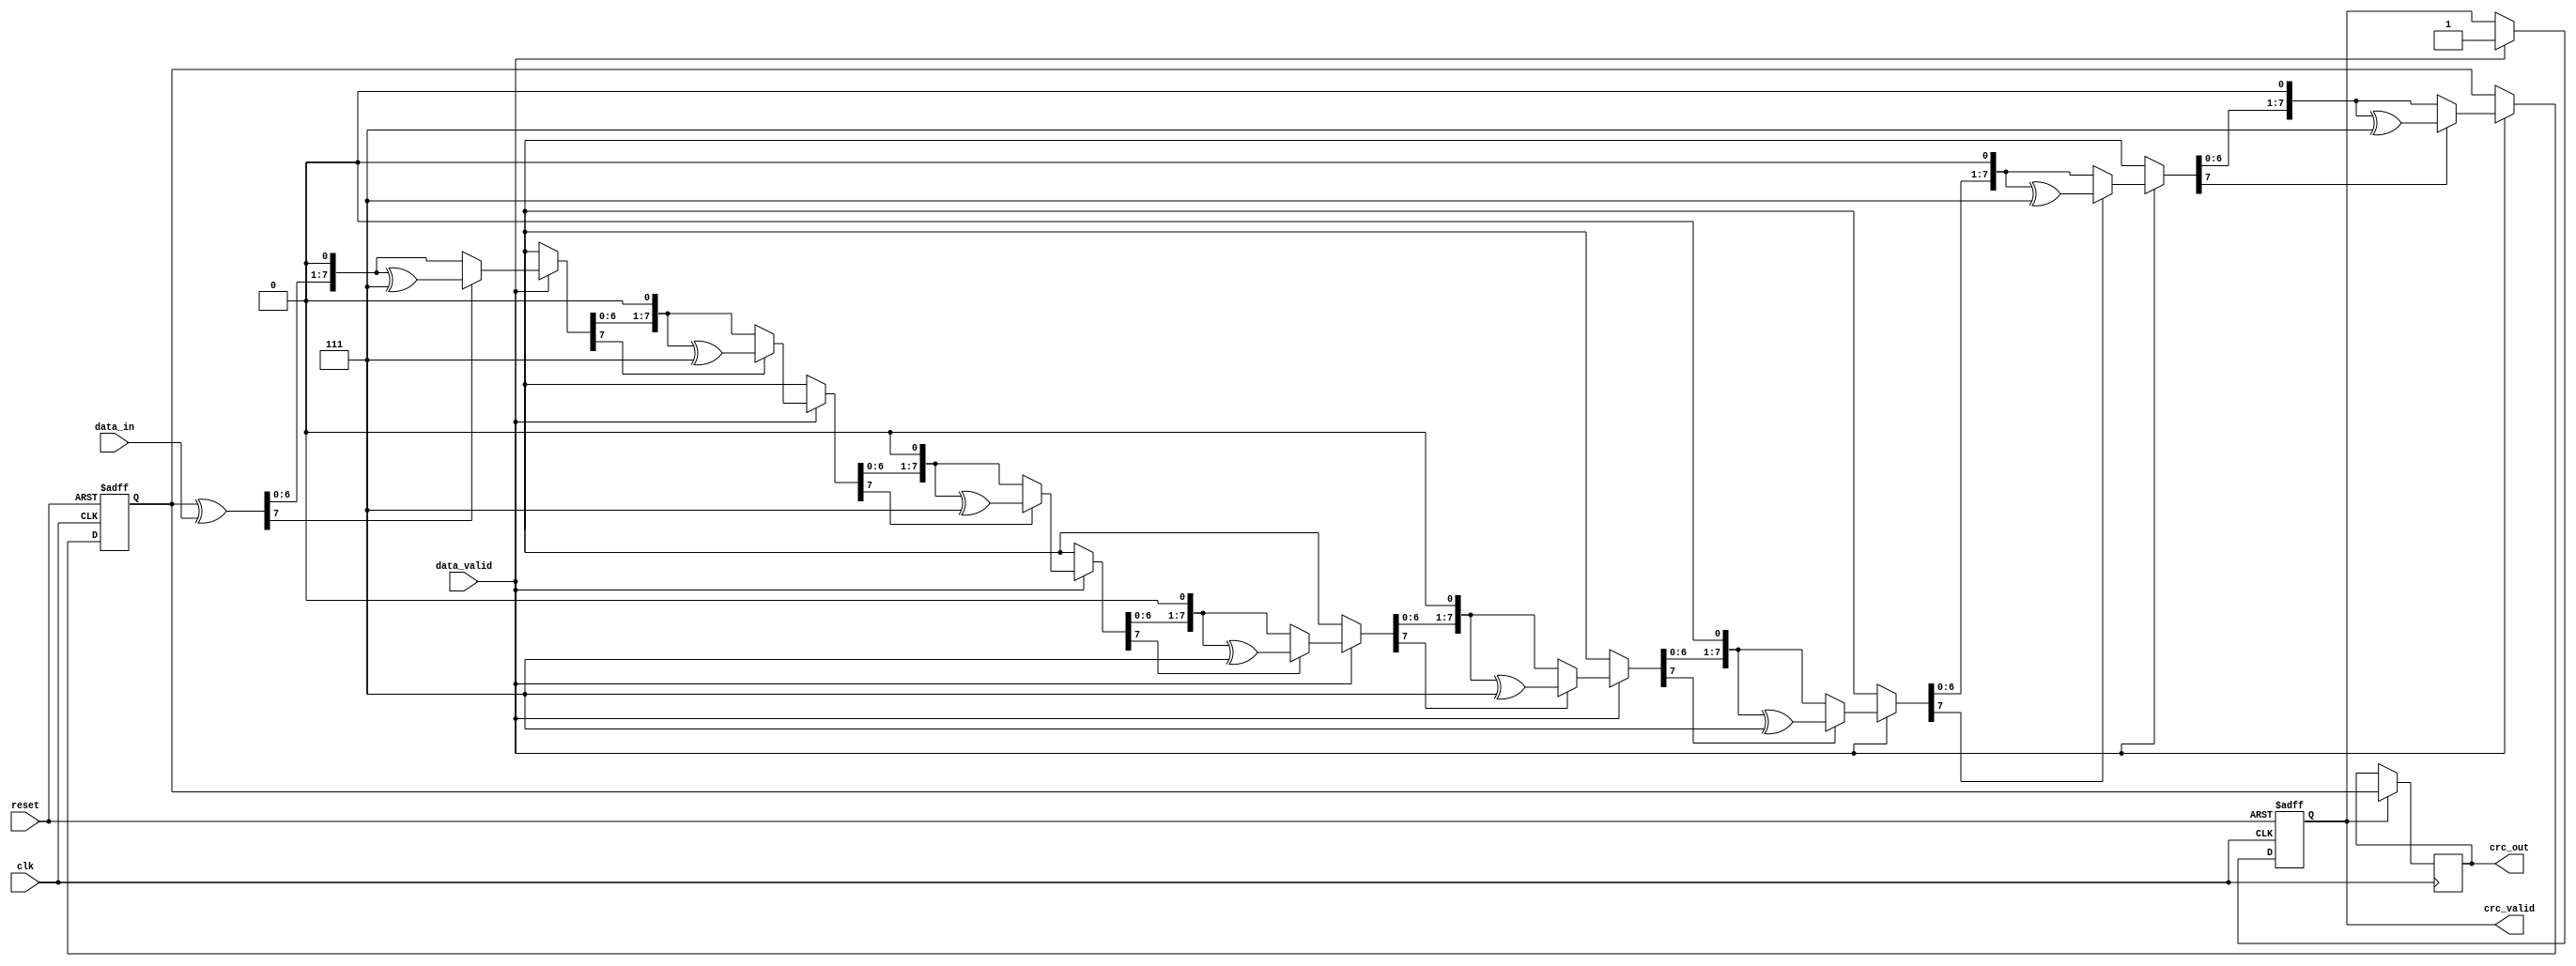
module parameterized_crc #(
    parameter CRC_WIDTH = 8,          // Width of the CRC output
    parameter POLYNOMIAL = 8'h07,     // CRC polynomial (example: x^8 + x^2 + x + 1)
    parameter INIT_CRC = 8'h00,        // Initial CRC value
    parameter INPUT_WIDTH = 8          // Width of the input data
)(
    input wire clk,                   // Clock signal
    input wire reset,                 // Active-high reset signal
    input wire [INPUT_WIDTH-1:0] data_in, // Input data stream
    input wire data_valid,            // Data valid signal
    output reg [CRC_WIDTH-1:0] crc_out, // Computed CRC value
    output reg crc_valid              // CRC valid signal
);

    reg [CRC_WIDTH-1:0] crc_reg;     // Current CRC register
    integer i;

    // CRC computation process
    always @(posedge clk or posedge reset) begin
        if (reset) begin
            crc_reg <= INIT_CRC;       // Reset CRC to initial value
            crc_valid <= 1'b0;         // Invalid CRC initially
        end else if (data_valid) begin
            // Process input data for CRC calculation
            crc_reg = crc_reg ^ data_in; // XOR input data with current CRC
            for (i = 0; i < INPUT_WIDTH; i = i + 1) begin
                if (crc_reg[CRC_WIDTH-1]) begin
                    crc_reg = (crc_reg << 1) ^ POLYNOMIAL; // Shift and XOR with polynomial
                end else begin
                    crc_reg = crc_reg << 1; // Just shift
                end
            end
            crc_valid <= 1'b1;           // Set CRC valid signal
        end
    end

    // Assign computed CRC to output
    always @(posedge clk) begin
        if (crc_valid) begin
            crc_out <= crc_reg;         // Output the computed CRC
        end
    end

endmodule